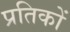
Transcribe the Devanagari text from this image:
प्रतिकों